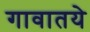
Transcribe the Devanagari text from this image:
गावातये